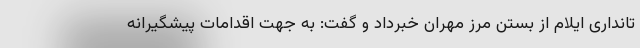
تانداری ایلام از بستن مرز مهران خبرداد و گفت: به جهت اقدامات پیشگیرانه